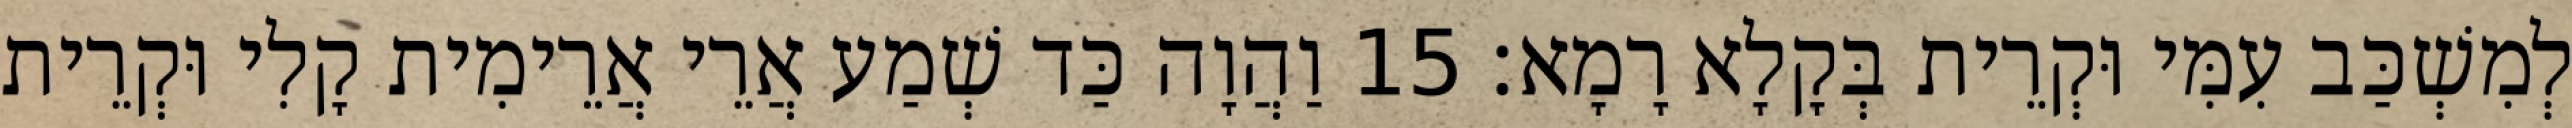
לְמִשְׁכַּב עִמִּי וּקְרֵית בְּקָלָא רָמָא׃ 15 וַהֲוָה כַּד שְׁמַע אֲרֵי אֲרֵימִית קָלִי וּקְרֵית